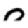
Digit: 0